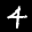
Label: 4